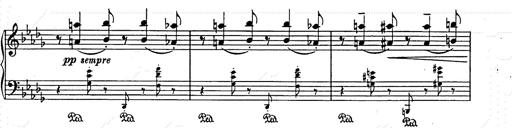
Title: Berceuse
Composer: Lucien Wurmser
Key: A major